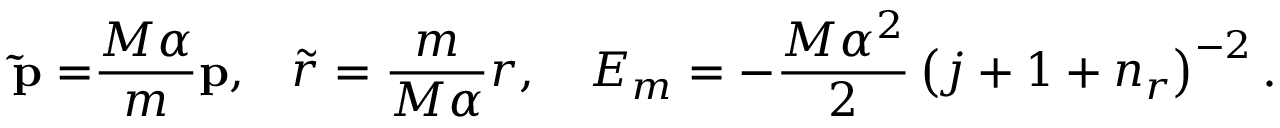
{ \bf \tilde { p } = } \frac { M \alpha } m { \bf p , \quad } \tilde { r } = \frac m { M \alpha } r , \quad E _ { m } = - \frac { M \alpha ^ { 2 } } 2 \left( j + 1 + n _ { r } \right) ^ { - 2 } .